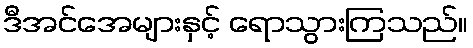
ဒီအင်အေများနှင့် ရောသွားကြသည်။